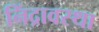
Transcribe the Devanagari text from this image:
निंद्रावस्था